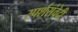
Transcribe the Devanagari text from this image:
स्पर्शसंवेदी